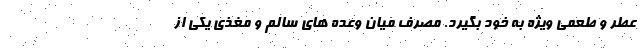
عطر و طعمی ویژه به خود بگیرد. مصرف میان وعده های سالم و مغذی یکی از